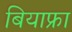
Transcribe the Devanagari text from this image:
बियाफ्रा